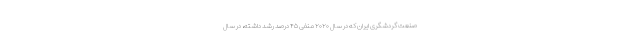
صنعت ‌گردشگری ایران که در سال ۲۰۲۰ منفی ۴۵ درصد رشد داشته، در سال